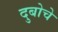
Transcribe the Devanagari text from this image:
दुबोचे